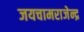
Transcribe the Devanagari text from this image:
जयचामराजेन्द्र